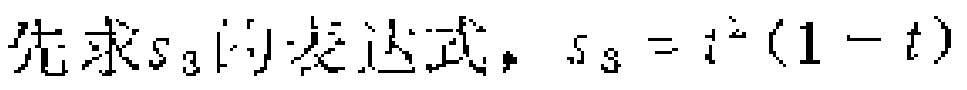
先求\(s_3\)的表达式，\(s_3 = i^{2}(1 - t)\)